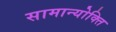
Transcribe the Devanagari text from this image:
सामान्योक्ति